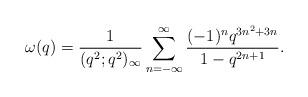
LaTeX: \begin{align*} \omega(q) = \frac{1}{(q^2;q^2)_\infty}\sum_{n=-\infty}^\infty\frac{(-1)^nq^{3n^2+3n}}{1-q^{2n+1}}.\end{align*}